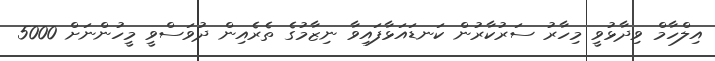
އިލްހާމް ވިދާޅުވީ މިހާރު ސަރުކާރުން ކަނޑައަޅާފައިވާ ނިޒާމުގެ ތެރެއިން ދުވަސްވީ މީހުންނަށް 5000